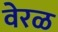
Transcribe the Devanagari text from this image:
वेरळ